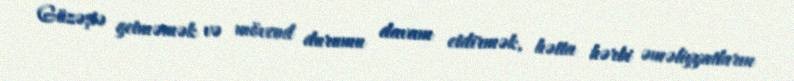
Güzəştə getməmək və mövcud durumu davam etdirmək, hətta hərbi əməliyyatların